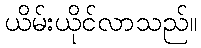
ယိမ်းယိုင်လာသည်။